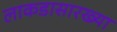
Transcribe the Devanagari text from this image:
लाकडासारख्या